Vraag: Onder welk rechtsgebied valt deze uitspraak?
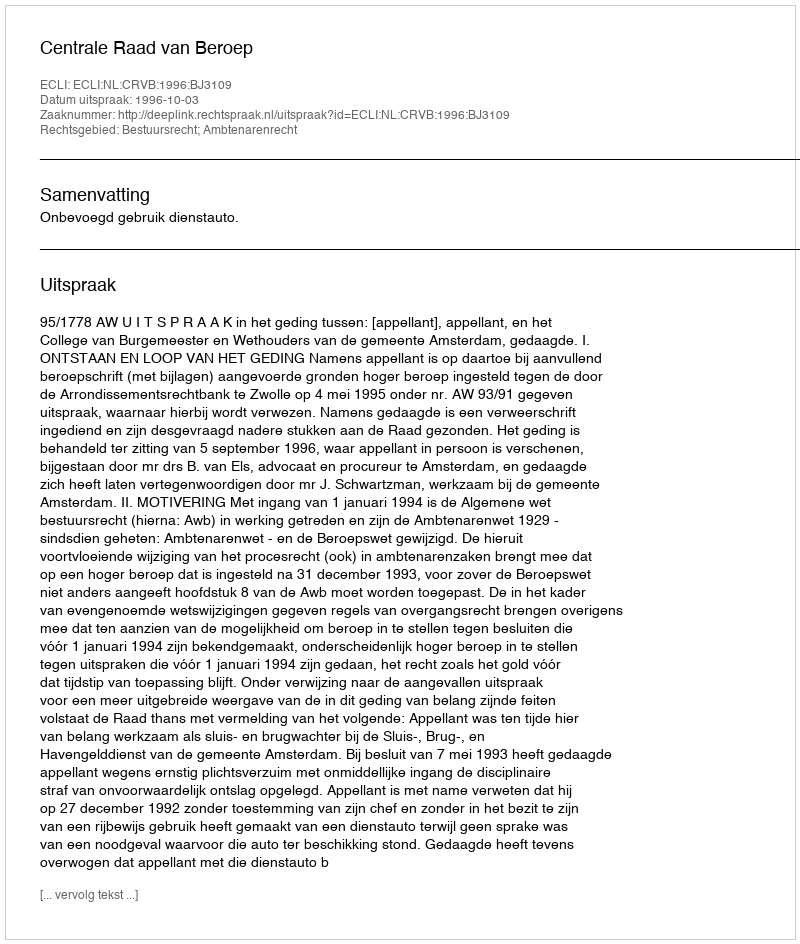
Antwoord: Bestuursrecht; Ambtenarenrecht